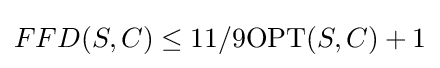
FFD(S,C)\leq 11/9\mathrm {OPT} (S,C)+1